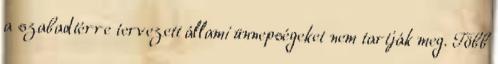
a szabadtérre tervezett állami ünnepségeket nem tartják meg. Több